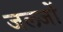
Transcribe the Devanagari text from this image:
जलजों